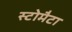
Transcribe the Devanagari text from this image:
स्टोमैटा